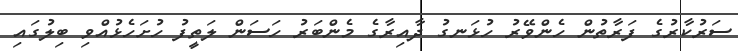
ސަރުކާރުގެ ފަރާތުން ހެންވޭރު ހުޅަނގު ދާއިރާގެ މެންބަރު ހަސަން ލަތީފު ހުށަހެޅުއްވި ބިލުގައި